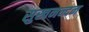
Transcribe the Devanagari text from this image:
सुखनन्दन